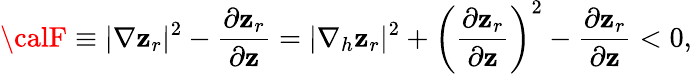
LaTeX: {\calF}\equiv|\nabla\mathbf{z}_{r}|^{2}-\frac{{\partial\mathbf{z}_{r}}}{{\partial\mathbf{z}}}=|\nabla_{h}\mathbf{z}_{r}|^{2}+\left(\frac{{\partial\mathbf{z}_{r}}}{{\partial\mathbf{z}}}\right)^{2}-\frac{{\partial\mathbf{z}_{r}}}{{\partial\mathbf{z}}}<0,